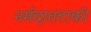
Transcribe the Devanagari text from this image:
नर्मदातटाकी